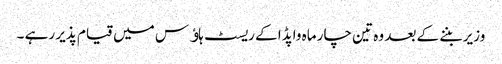
وزیر بننے کے بعد وہ تین چار ماہ واپڈا کے ریسٹ ہاﺅس میں قیام پذیر رہے ۔